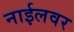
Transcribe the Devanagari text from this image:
नाईलवर